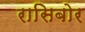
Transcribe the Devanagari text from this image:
रासिबोर